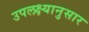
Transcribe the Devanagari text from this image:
उपलक्ष्यानुसार